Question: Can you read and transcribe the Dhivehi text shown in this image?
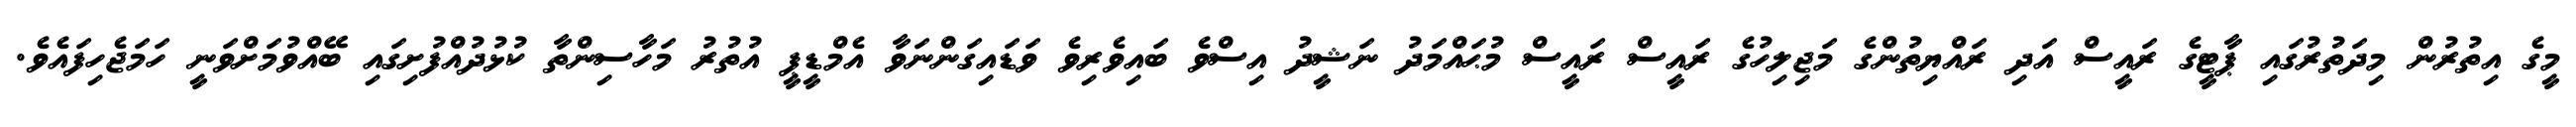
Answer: މީގެ އިތުރުން މިދަތުރުގައި ޕާޓީގެ ރައީސް އަދި ރައްޔިތުންގެ މަޖިލިހުގެ ރައީސް ރައީސް މުޙައްމަދު ނަޝީދު އިސްވެ ބައިވެރިވެ ވަޑައިގަންނަވާ އެމްޑީޕީ އުތުރު މަހާސިންތާ ކުޅުދުއްފުށިގައި ބޭއްވުމަށްވަނީ ހަމަޖެހިފައެވެ.